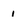
Character: 1